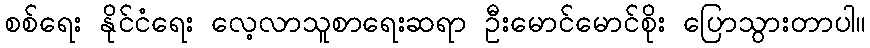
စစ်ရေး နိုင်ငံရေး လေ့လာသူစာရေးဆရာ ဦးမောင်မောင်စိုး ပြောသွားတာပါ။